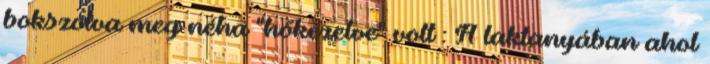
bokszolva meg néha "hőkezelve" volt : A laktanyában ahol